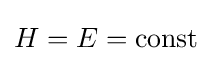
H=E={\text{const}}